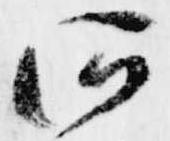
所